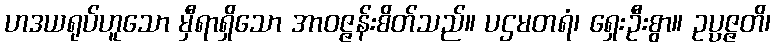
ဟဒယရုပ်ဟူသော မှီရာရှိသော အာဝဇ္ဇန်းစိတ်သည်။ ပဌမတရံ၊ ရှေးဦးစွာ။ ဥပ္ပဇ္ဇတိ၊